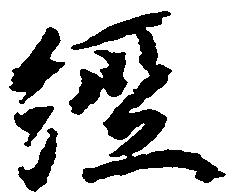
経